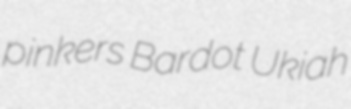
pinkers Bardot Ukiah